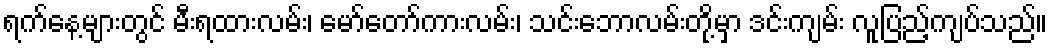
ရက်နေ့များတွင် မီးရထားလမ်း၊ မော်တော်ကားလမ်း၊ သင်းဘောလမ်းတို့မှာ ဒင်းကျမ်း လူပြည့်ကျပ်သည်။